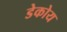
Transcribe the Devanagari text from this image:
डेकोय